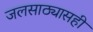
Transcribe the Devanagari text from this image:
जलसाठ्यासही